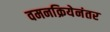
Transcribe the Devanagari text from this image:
वमनक्रियेनंतर